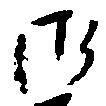
御